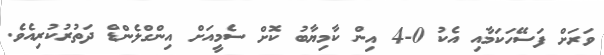
ވަރަށް ފަސޭހަކަމާއި އެކު 0-4 އިން ކާމިޔާބު ކޮށް ސެމީއަށް އިންގްލެންޑް ދަތުރުކުރިއެވެ.